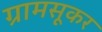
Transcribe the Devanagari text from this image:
ग्रामसूकर